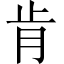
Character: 肯